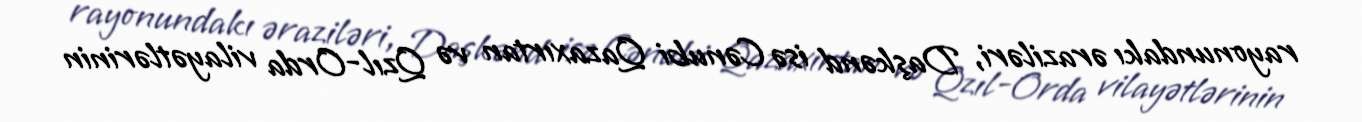
rayonundakı əraziləri, Daşkənd isə Cənubi Qazaxırtan və Qzıl-Orda vilayətlərinin